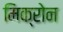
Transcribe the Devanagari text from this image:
मिक्रोन